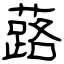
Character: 蕗